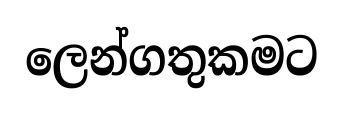
ලෙන්ගතුකමට